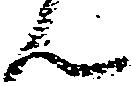
ん